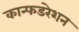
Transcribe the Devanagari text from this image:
कान्फडरेशन